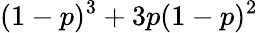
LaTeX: (1-p)^{3}+3p(1-p)^{2}